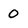
Character: 0